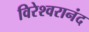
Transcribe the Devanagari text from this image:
विरेश्वरानंद